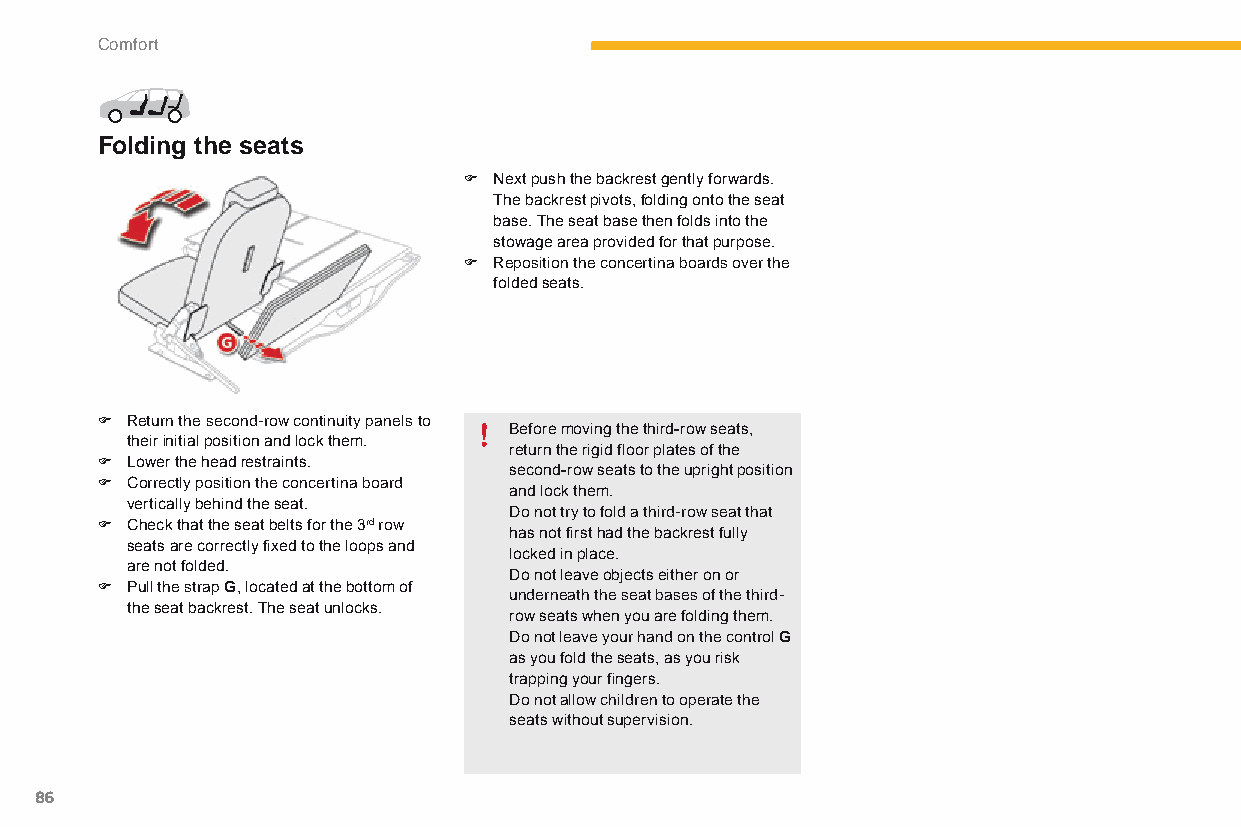
Comfort
 Folding the seats
 F Next push the backrest gently forwards.
 The backrest pivots, folding onto the seat
 base. The seat base then folds into the
 stowage area provided for that purpose.
 F Reposition the concertina boards over the
 folded seats.
 F Return the second-row continuity panels to
 Before moving the third-row seats,
 their initial position and lock them.
 return the rigid floor plates of the
 F Lower the head restraints.
 second-row seats to the upright position
 F Correctly position the concertina board
 and lock them.
 vertically behind the seat.
 do not try to fold a third-row seat that
 F Check that the seat belts for the 3rd row
 has not first had the backrest fully
 seats are correctly fixed to the loops and
 locked in place.
 are not folded.
 Do not leave objects either on or
 F Pull the strap G, located at the bottom of
 underneath the seat bases of the third-
 the seat backrest. The seat unlocks.
 row seats when you are folding them.
 do not leave your hand on the control G
 as you fold the seats, as you risk
 trapping your fingers.
 do not allow children to operate the
 seats without supervision.
 86
 C4-Picasso-II_en_Chap03_confort_ed01-2015